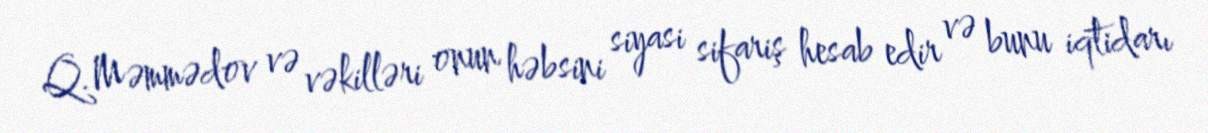
Q.Məmmədov və vəkilləri onun həbsini siyasi sifariş hesab edir və bunu iqtidarı